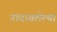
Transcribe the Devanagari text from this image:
नादावलेल्या